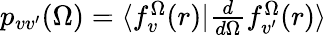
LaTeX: \begin{array}{r}{p_{vv^{\prime}}(\Omega)=\langle f_{v}^{\Omega}(r)|\frac{d}{d\Omega}f_{v^{\prime}}^{\Omega}(r)\rangle}\end{array}